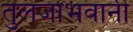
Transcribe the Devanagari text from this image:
तुलजाभवानी